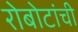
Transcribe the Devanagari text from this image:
रोबोटांची